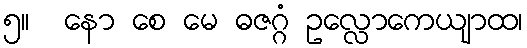
၅။  နော စေ မေ ဓဇဂ္ဂံ ဥလ္လောကေယျာထ၊